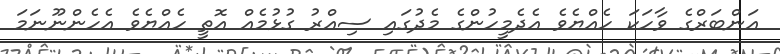
އަންބަރްގެ ވާހަކަ ހެއްޔެވެ އެދެމީހުންގެ މެދުގައި ސިއްރު ގުޅުމެއް އޮތީ ހެއްޔެވެ އެހެންނޫނަމަ